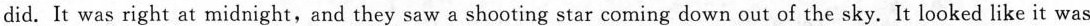
did. It was right at midnight,and they saw a shooting star coming down out of the sky. It looked like it was